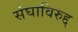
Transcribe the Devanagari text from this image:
संघाविरुद्द